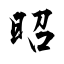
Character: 昭